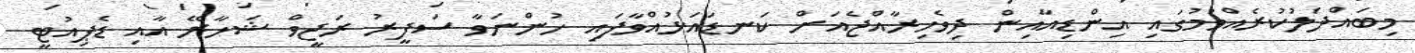
މިބައްދަލުކުރެއްވުމުގައި އިންޑިއާއިން ދިވެހިރާއްޖެއަށް ކަނޑައަޅުއްވާފައި ހުންނަވާ ސަފީރު ރަޖީވް ޝަހާރޭ އާއި ޑެޕިއުޓީ